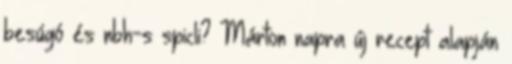
besúgó és nbh-s spicli? Márton napra új recept alapján